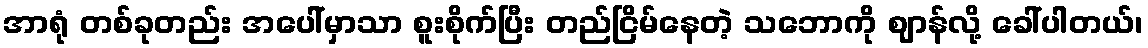
အာရုံ တစ်ခုတည်း အပေါ်မှာသာ စူးစိုက်ပြီး တည်ငြိမ်နေတဲ့ သဘောကို ဈာန်လို့ ခေါ်ပါတယ်၊